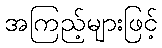
အကြည့်များဖြင့်